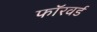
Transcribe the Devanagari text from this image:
फाॅरवर्ड